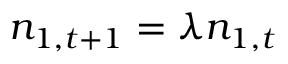
n _ { 1 , t + 1 } = \lambda n _ { 1 , t }